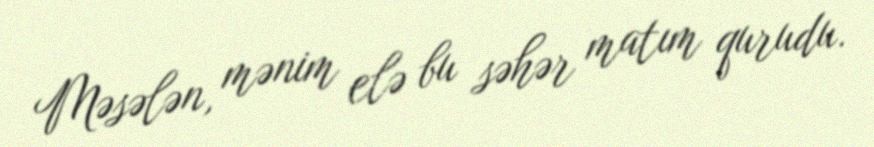
Məsələn, mənim elə bu səhər matım qurudu.